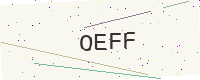
Text: OEFF